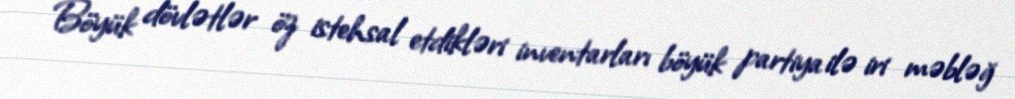
Böyük dövlətlər öz istehsal etdikləri inventarları böyük partiya ilə iri məbləğ